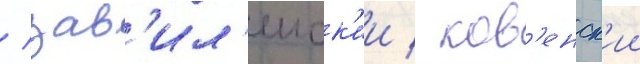
/ зав'ил'еиск'ии / ков'енск'ии